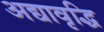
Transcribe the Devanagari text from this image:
अद्यावृद्धि